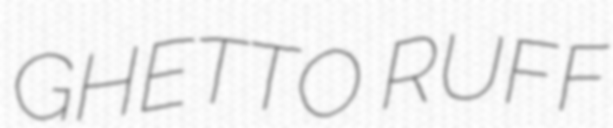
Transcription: GHETTO RUFF